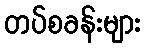
တပ်စခန်းများ